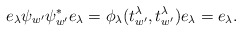
\begin{align*}e_{\lambda}\psi_{w'}\psi_{w'}^*e_{\lambda}=\phi_{\lambda}(t_{w'}^{\lambda},t_{w'}^{\lambda})e_{\lambda}=e_{\lambda}.\end{align*}